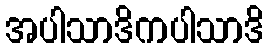
အပါသာဒိကပါသာဒိ